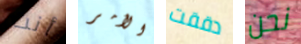
أنت الأمر دققت نحن